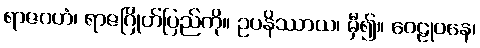
ရာဇဂဟံ၊ ရာဇဂြိုဟ်ပြည်ကို။ ဥပနိဿာယ၊ မှီ၍။ ဝေဠုဝနေ၊